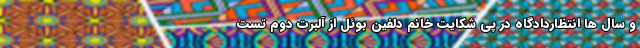
و سال ها انتظاردادگاه در پی شکایت خانم دلفین بوئل از آلبرت دوم تست